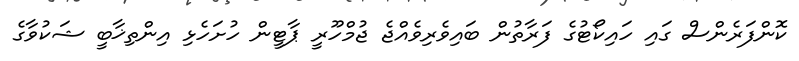
ކޮންފަރެންސް ގައި ހައިކޯޓުގެ ފަރާތުން ބައިވެރިވެއްޖެ ޖުމްހޫރީ ޕާޓީން ހުށަހެޅި އިންތިޚާބީ ޝަކުވާގެ